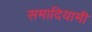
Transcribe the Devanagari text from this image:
समादियामी